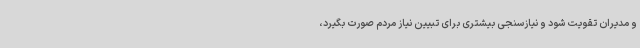
و مدیران تقویت شود و نیازسنجی بیشتری برای تبیین نیاز مردم صورت بگیرد،